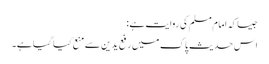
جیساکہ امام مسلم کی روایت ہے:
اس حدیث پاک میں رفع یدین سے منع کیا گیا ہے۔